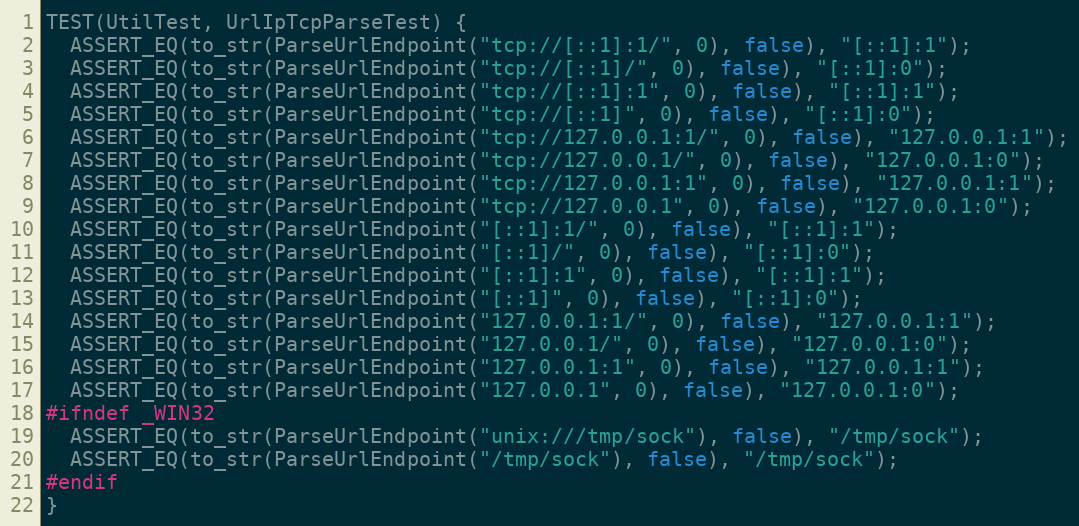
Language: C++
TEST(UtilTest, UrlIpTcpParseTest) {
  ASSERT_EQ(to_str(ParseUrlEndpoint("tcp://[::1]:1/", 0), false), "[::1]:1");
  ASSERT_EQ(to_str(ParseUrlEndpoint("tcp://[::1]/", 0), false), "[::1]:0");
  ASSERT_EQ(to_str(ParseUrlEndpoint("tcp://[::1]:1", 0), false), "[::1]:1");
  ASSERT_EQ(to_str(ParseUrlEndpoint("tcp://[::1]", 0), false), "[::1]:0");
  ASSERT_EQ(to_str(ParseUrlEndpoint("tcp://127.0.0.1:1/", 0), false), "127.0.0.1:1");
  ASSERT_EQ(to_str(ParseUrlEndpoint("tcp://127.0.0.1/", 0), false), "127.0.0.1:0");
  ASSERT_EQ(to_str(ParseUrlEndpoint("tcp://127.0.0.1:1", 0), false), "127.0.0.1:1");
  ASSERT_EQ(to_str(ParseUrlEndpoint("tcp://127.0.0.1", 0), false), "127.0.0.1:0");
  ASSERT_EQ(to_str(ParseUrlEndpoint("[::1]:1/", 0), false), "[::1]:1");
  ASSERT_EQ(to_str(ParseUrlEndpoint("[::1]/", 0), false), "[::1]:0");
  ASSERT_EQ(to_str(ParseUrlEndpoint("[::1]:1", 0), false), "[::1]:1");
  ASSERT_EQ(to_str(ParseUrlEndpoint("[::1]", 0), false), "[::1]:0");
  ASSERT_EQ(to_str(ParseUrlEndpoint("127.0.0.1:1/", 0), false), "127.0.0.1:1");
  ASSERT_EQ(to_str(ParseUrlEndpoint("127.0.0.1/", 0), false), "127.0.0.1:0");
  ASSERT_EQ(to_str(ParseUrlEndpoint("127.0.0.1:1", 0), false), "127.0.0.1:1");
  ASSERT_EQ(to_str(ParseUrlEndpoint("127.0.0.1", 0), false), "127.0.0.1:0");
#ifndef _WIN32
  ASSERT_EQ(to_str(ParseUrlEndpoint("unix:///tmp/sock"), false), "/tmp/sock");
  ASSERT_EQ(to_str(ParseUrlEndpoint("/tmp/sock"), false), "/tmp/sock");
#endif
}